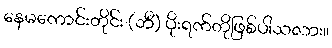
နေမကောင်းတိုင်း (ဘီ) ပိုးရက်တိုဖြစ်ပါသလား။